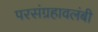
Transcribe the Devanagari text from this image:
परसंग्रहावलंबी